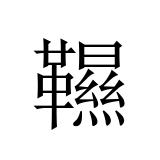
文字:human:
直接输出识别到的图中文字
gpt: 韅